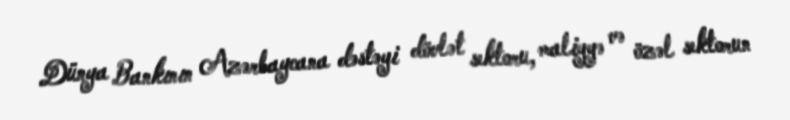
Dünya Bankının Azərbaycana dəstəyi dövlət sektoru, maliyyə və özəl sektorun